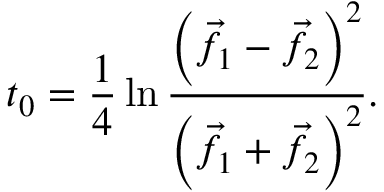
t _ { 0 } = { \frac { 1 } { 4 } } \ln { \frac { \left( { \vec { f } } _ { 1 } - { \vec { f } } _ { 2 } \right) ^ { 2 } } { \left( { \vec { f } } _ { 1 } + { \vec { f } } _ { 2 } \right) ^ { 2 } } } .